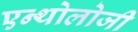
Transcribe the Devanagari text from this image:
एन्थोलोजी